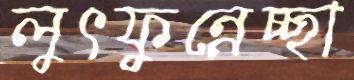
লুৎফুন্নেচ্ছা